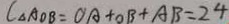
C _ { \Delta A O B } = O A + O B + A B = 2 4